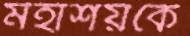
মহাশয়কে